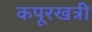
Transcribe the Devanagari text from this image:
कपूरखत्री